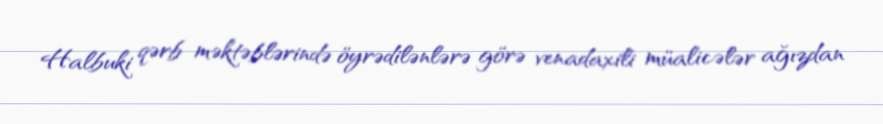
Halbuki qərb məktəblərində öyrədilənlərə görə venadaxili müalicələr ağızdan